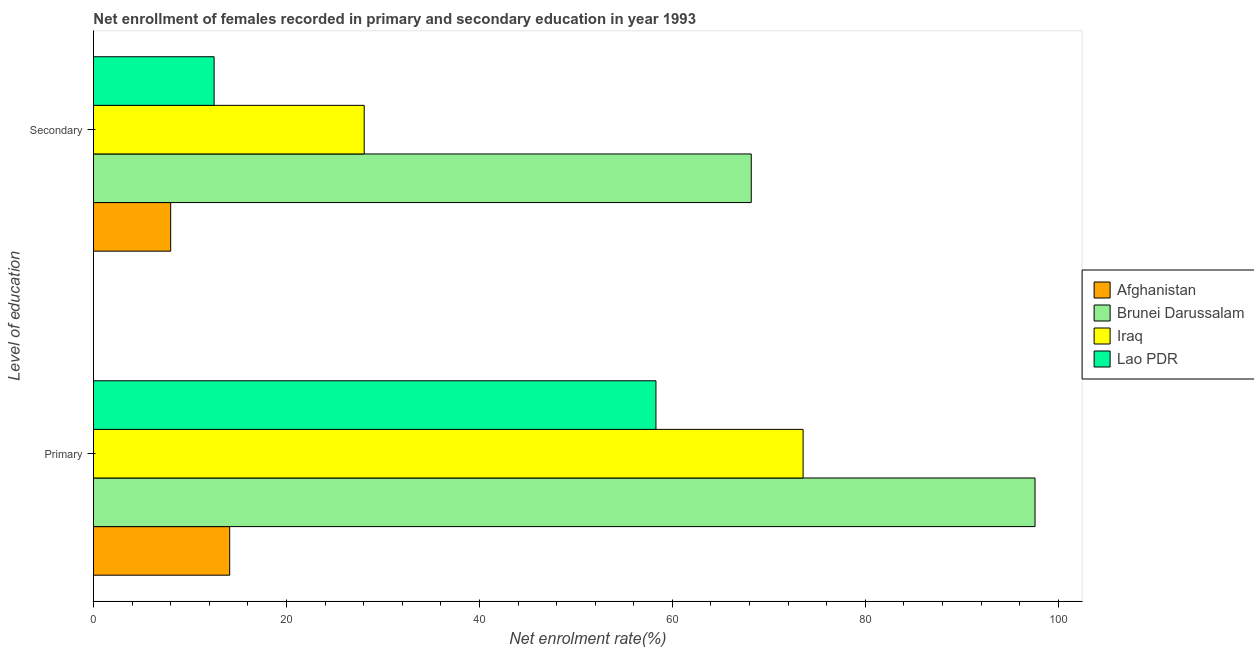
| Level of education | Afghanistan | Brunei Darussalam | Iraq | Lao PDR |
 | --- | --- | --- | --- | --- |
 | Primary | 14.1 | 97.6 | 73.5 | 58.3 |
 | Secondary | 8 | 68.2 | 28.1 | 12.5 |